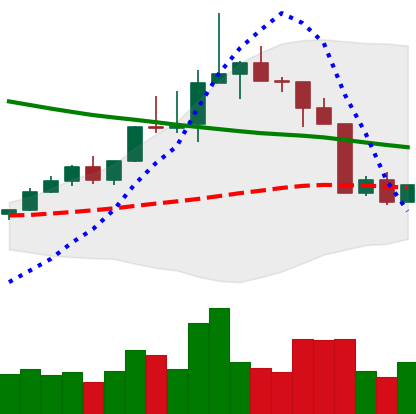
Ticker: TRX-USD
Chart end date: 2022-04-09
Forward return: -5.994%
Label: down_5_7